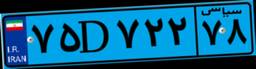
۶۹D۵۸۱۲۲